Cholera in India, 1862 to 1881
Year: 1862
Disease focus: Cholera
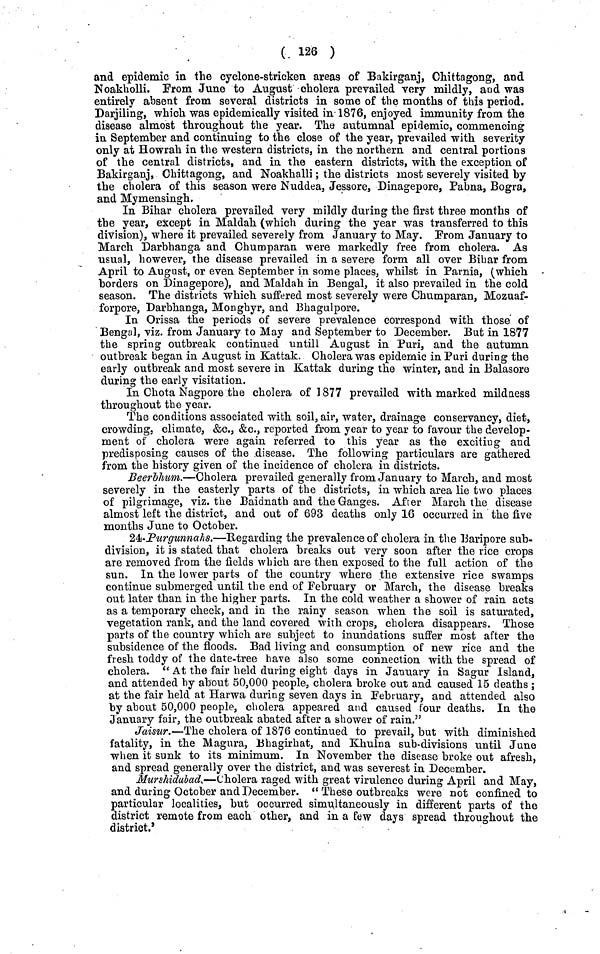
( 126 )
and epidemic in the cyclone-stricken areas of Bakirganj, Chittagong, and
Noakholli. From June to August cholera prevailed very mildly, and was
entirely absent from several districts in some of the months of this period.
Darjiling, which was epidemically visited in 1876, enjoyed immunity from the
disease almost throughout the year. The autumnal epidemic, commencing
in September and continuing to the close of the year, prevailed with severity
only at Howrah in the western districts, in the northern and central portions
of the central districts, and in the eastern districts, with the exception of
Bakirganj, Chittagong, and Noakhalli; the districts most severely visited by
the cholera of this season were Nuddea, Jessore, Dinagepore, Pabna, Bogra,
and Mymensingh.
In Bihar cholera prevailed very mildly during the first three months of
the year, except in Maldah (which during the year was transferred to this
division), where it prevailed severely from January to May. From January to
March Darbhanga and Chumparan were markedly free from cholera. As
usual, however, the disease prevailed in a severe form all over Bihar from
April to August, or even September in some places, whilst in Parnia, (which
borders on Dinagepore), and Maldah in Bengal, it also prevailed in the cold
season. The districts which suffered most severely were Chumparan, Mozuaf-
forpore, Darbhanga, Monghyr, and Bhagulpore.
In Orissa the periods of severe prevalence correspond with those of
Bengal, viz. from January to May and September to December. But in 1877
the spring outbreak continued untill August in Puri, and the autumn
outbreak began in August in Kattak. Cholera was epidemic in Puri during the
early outbreak and most severe in Kattak during the winter, and in Balasore
during the early visitation.
In Chota Nagpore the cholera of 1877 prevailed with marked mildness
throughout the year.
The conditions associated with soil, air, water, drainage conservancy, diet,
crowdings climate, &c., &c., reported from year to year to favour the develop-
ment of cholera were again referred to this year as the exciting and
predisposing causes of the disease. The following particulars are gathered
from the history given of the incidence of cholcra in districts.
Beerbhum.—Cholera prevailed generally from January to March, and most
severely in the easterly parts of the districts, in which area lie two places
of pilgrimage, viz. the Baidnath and the Ganges. After March the disease
almost left the district, and out of 693 deaths only 16 occurred in the five
months June to October.
24.Purgunnahs,—Regarding the prevalence of cholera in the Baripore sub-
division, it is stated that cholera breaks out very soon after the rice crops
are removed from the fields which are then exposed to the full action of the
sun. In the lower parts of the country where the extensive rice swamps
continue submerged until the end of February or March, the disease breaks
out later than in the higher parts. In the cold weather a shower of rain acts
as a temporary check, and in the rainy season when the soil is saturated,
vegetation rank, and the land covered with crops, cholera disappears. Those
parts of the country which are subject to inundations suffer most after the
subsidence of the floods. Bad living and consumption of new rice and the
fresh toddy of the date-tree have also some connection with the spread of
cholera. " At the fair held during eight days in January in Sagur Island,
and attended by about 50,000 people, cholera broke out and caused 15 deaths ;
at the fair held at Harwa during seven days in February, and attended also
by about 50,000 people, cholera appeared and caused four deaths. In the
January fair, the outbreak abated after a shower of rain."
Jaisur.—The cholera of 1876 continued to prevail, but with diminished
fatality, in the Magura, Bhagirhat, and Khulna sub-divisions until June
when it sunk to its minimum. In November the disease broke out afresh,
and spread generally over the district, and was severest in December.
Murshiddbad,—Cholera raged with great virulence during April and May,
and during October and December. " These outbreaks were not confined to
particular localities, but occurred simultaneously in different parts of the
district remote from each other, and in a few days spread throughout the
district.'